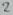
Text: 2